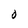
Character: 0